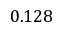
0 . 1 2 8